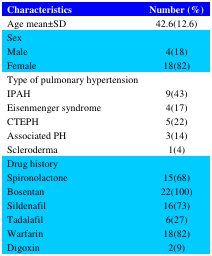
| Characteristics | Number (%) |
 | --- | --- |
 | Age mean±SD | 42.6(12.6) |
 | Sex |  |
 | MaleFemale | 4(18)18(82) |
 | Type of pulmonary hypertension |  |
 | IPAH Eisenmenger syndrome CTEPHAssociated PHScleroderma | 9(43)4(17)5(22)3(14)1(4) |
 | Drug history |  |
 | Spironolactone BosentanSildenafil TadalafilWarfarinDigoxin | 15(68)22(100)16(73)6(27)18(82)2(9) |